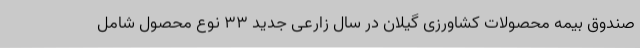
صندوق بیمه محصولات کشاورزی گیلان در سال زارعی جدید 33 نوع محصول شامل